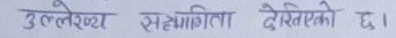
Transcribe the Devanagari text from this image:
उत्लेख्य सक्रियता देखिएको छ।